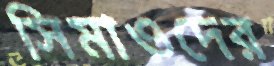
সিমাওদের